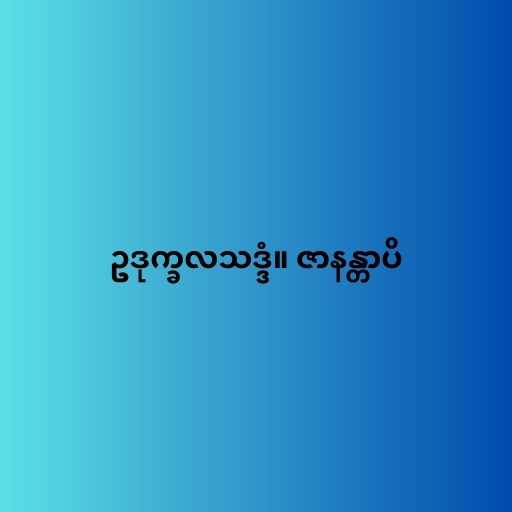
ဥဒုက္ခလသဒ္ဒံ။ ဇာနန္တာပိ